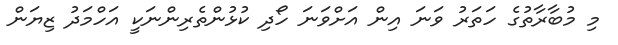
މި މުބާރާތުގެ ހަތަރު ވަނަ އިން އަށްވަނަ ހޯދި ކުޅުންތެރިންނަކީ އަހްމަދު ޒިޔަން